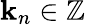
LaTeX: \mathbf{k}_{n}\in\mathbb{{Z}}